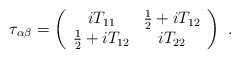
\begin{align*}\tau_{\alpha\beta}=\left( \begin{array}{cc}iT_{11}&\frac{1}{2}+ i T_{12}\\\frac{1}{2}+ i T_{12} & iT_{22}\end{array}\right)~. \end{align*}